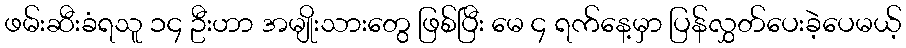
ဖမ်းဆီးခံရသူ ၁၄ ဦးဟာ အမျိုးသားတွေ ဖြစ်ပြီး မေ ၄ ရက်နေ့မှာ ပြန်လွှတ်ပေးခဲ့ပေမယ့်